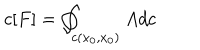
c [ F ] = \oint _ { c ( x _ { 0 } , x _ { 0 } ) } A d c